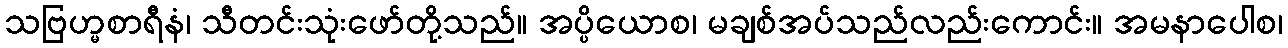
သဗြဟ္မစာရီနံ၊ သီတင်းသုံးဖော်တို့သည်။ အပ္ပိယောစ၊ မချစ်အပ်သည်လည်းကောင်း။ အမနာပေါစ၊